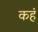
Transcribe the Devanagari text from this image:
कहं